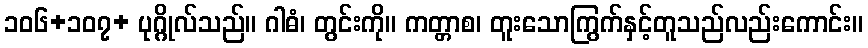
၁၀၆+၁၀၇+ ပုဂ္ဂိုလ်သည်။ ဂါဓံ၊ တွင်းကို။ ကတ္တာစ၊ တူးသောကြွက်နှင့်တူသည်လည်းကောင်း။